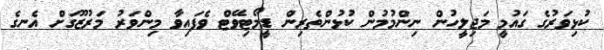
ކުޅިވަރުގެ ގައުމީ މަޖިލީހުން ނިންމުމުން ކުޅުންތެރިން ޑީމޯޓިވޭޓް ވެފައިވާ މިންވަރު މަރުޒޫގަށް އެނގެ